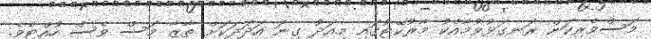
މަސްވެރިކަން ރަނގަޅުވުމާއެކު މާރުކޭޓުގައި މިއަދު ގިނަ އަދަދަކަށް ތާޒާ މަސް ވެސް ހުއްޓެވެ.